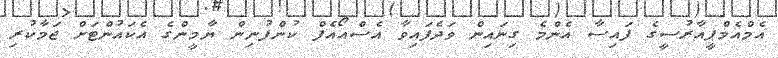
އެމްއެމްޕީއާރުސީގެ ފައިސާ އެންމެ ގިނައިން ވަދެފައިވާ އެސްއޯއެފް ކުންފުނިން ޔާމީންގެ އެކައުންޓަށް ޖަމާކުރި